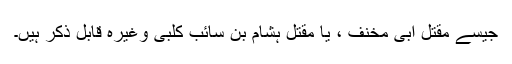
جیسے مقتل ابی مخنف ، یا مقتل ہشام بن سائب کلبی وغیرہ قابل ذکر ہیں۔